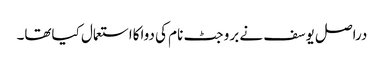
دراصل یوسف نے بروجٹ نام کی دواکااستعمال کیاتھا۔